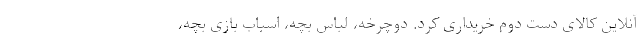
آنلاین کالای دست دوم خریداری کرد. دوچرخه، لباس بچه، اسباب بازی بچه،